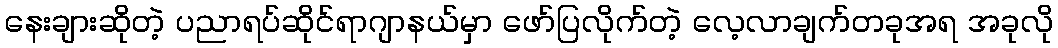
နေးချားဆိုတဲ့ ပညာရပ်ဆိုင်ရာဂျာနယ်မှာ ဖော်ပြလိုက်တဲ့ လေ့လာချက်တခုအရ အခုလို